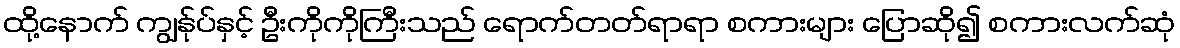
ထို့နောက် ကျွန်ုပ်နှင့် ဦးကိုကိုကြီးသည် ရောက်တတ်ရာရာ စကားများ ပြောဆို၍ စကားလက်ဆုံ